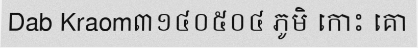
Dab Kraom៣១៤០៥០៤ ភូមិ កោះ គោ